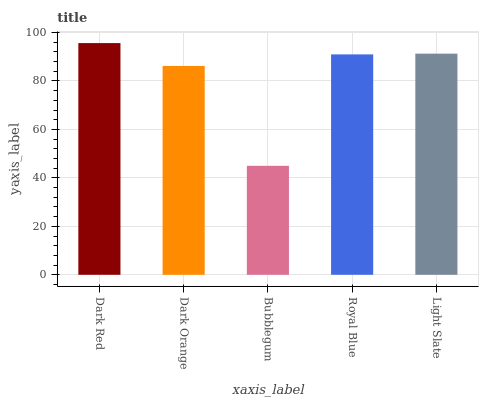
| xaxis_label | bars |
 | --- | --- |
 | Dark Red | 95.6 |
 | Dark Orange | 86.2 |
 | Bubblegum | 45 |
 | Royal Blue | 91 |
 | Light Slate | 91.3 |